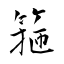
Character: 箍